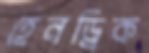
হেনড্রিক